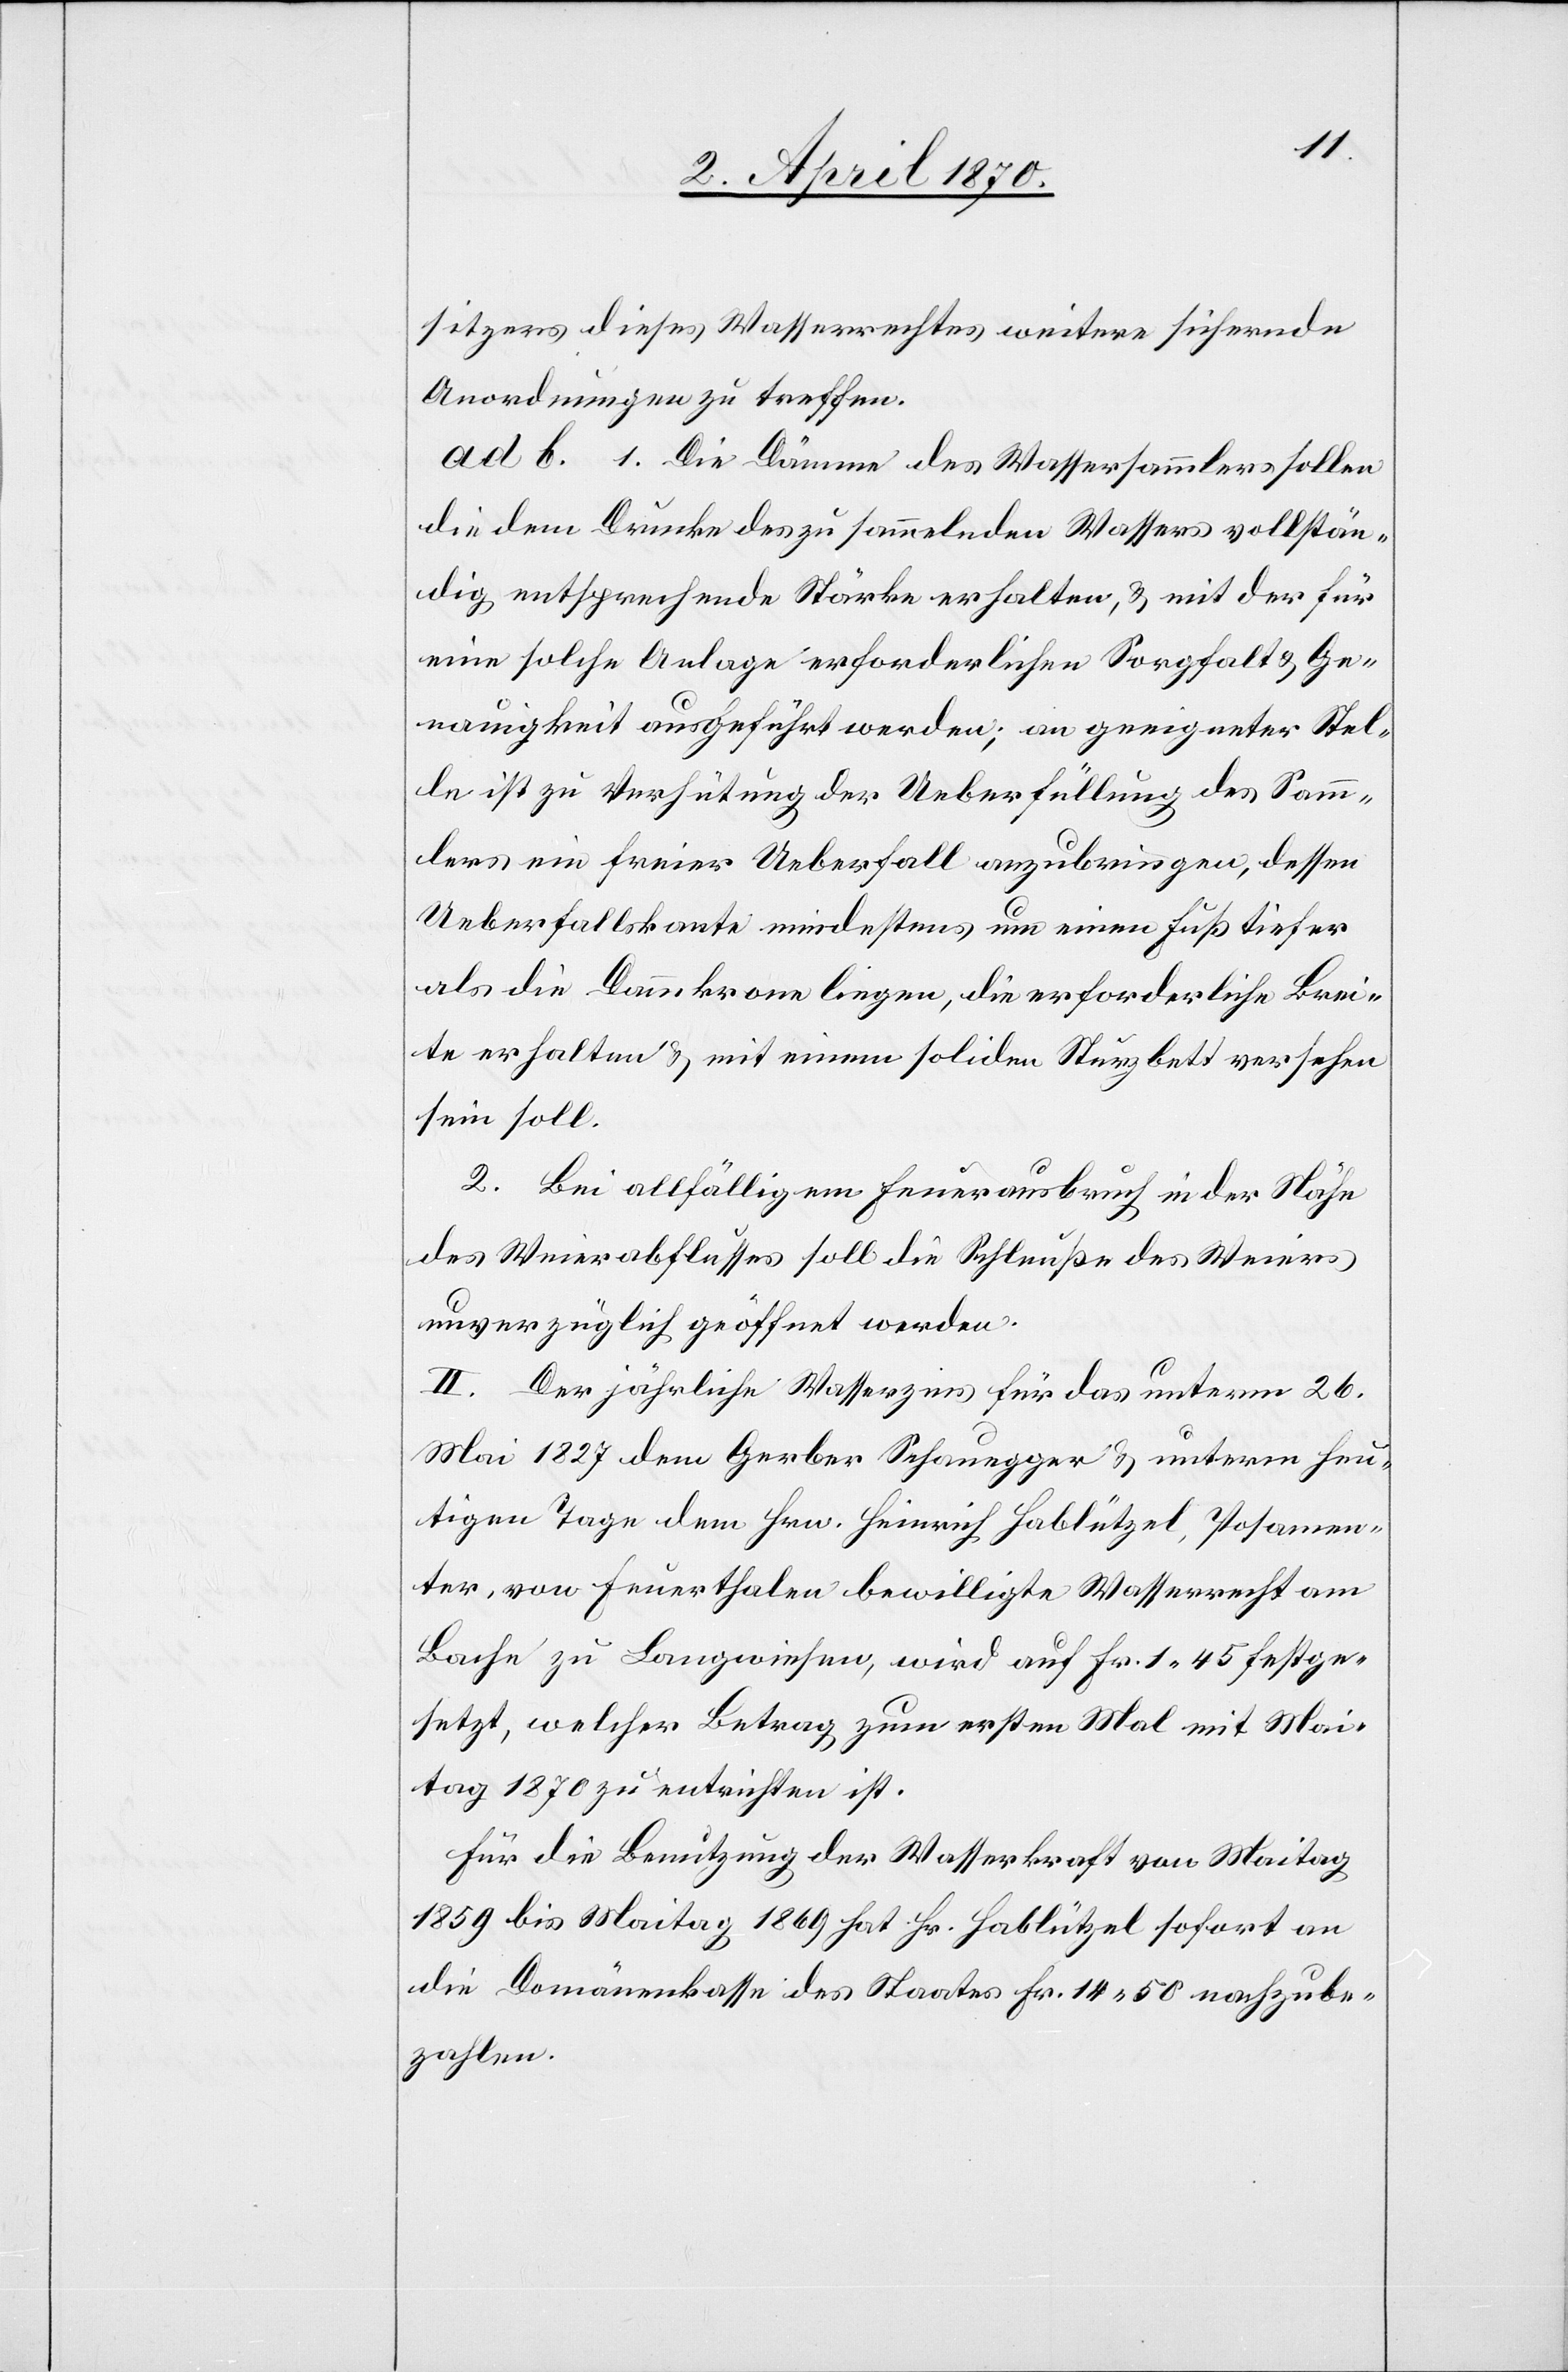
sitzers dieses Wasserrecht weitere sichernde
Anordnungen zu treffen.
ad b. 1. Die Dämme des Wassersammlers sollen
die dem Drucke des zu sammelnden Wassers vollstän¬
dig entsprechende Stärke erhalten, & mit der für
eine solche Anlage erforderlichen Sorgfalt & Ge¬
nauigkeit ausgeführt werden; an geeigneter Stel¬
le ist zu Verhütung der Ueberfüllung des Samm¬
lers ein freier Ueberfall anzubringen, dessen
Ueberfallskante mindestens um einen Fuß tiefer
als die Dammkrone liegen, die erforderliche Brei¬
te erhalten & mit einem soliden Sturzbett versehen
sein soll.
2. Bei allfälligem Feuerausbruch in der Nähe
des Weierabflusses soll die Schleuße des Weiers
unverzüglich geöffnet werden.
II. Der jährliche Wasserzins für das unterm 26.
Mai 1827 dem Gerber Schauegger & unterm heu¬
tigen Tage dem Hrn. Heinrich Hablützel, Posamen¬
ter, von Feuerthalen bewilligte Wasserrecht am
Bache zu Langwiesen, wird auf Fr. 1.45 festge¬
setzt, welcher Betrag zum ersten Mal mit Mai¬
tag 1870 zu entrichten ist.
Für die Benutzung der Wasserkraft von Maitag
1859 bis Maitag 1869 hat Hr. Hablützel sofort an
die Domänenkasse des Staates Fr. 14.50 nachzube¬
zahlen.